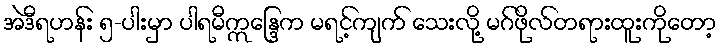
အဲဒီရဟန်း ၅-ပါးမှာ ပါရမီဣန္ဒြေက မရင့်ကျက် သေးလို့ မဂ်ဖိုလ်တရားထူးကိုတော့